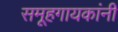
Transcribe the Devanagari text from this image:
समूहगायकांनी